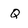
Character: Q